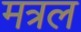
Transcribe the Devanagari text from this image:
मत्रल